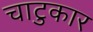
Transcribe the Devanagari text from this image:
चाटुकार